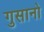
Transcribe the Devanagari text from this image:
गुसानो